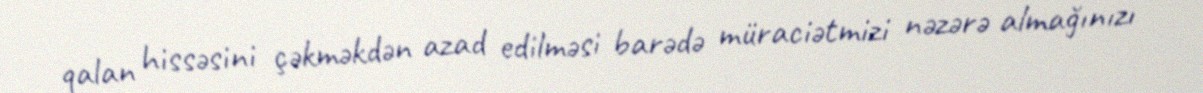
qalan hissəsini çəkməkdən azad edilməsi barədə müraciətmizi nəzərə almağınızı